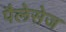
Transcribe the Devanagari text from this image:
पैलेसेज